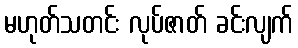
မဟုတ်သတင်း လုပ်ဇာတ် ခင်းလျက်